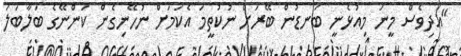
"އަދިވެސް މީނަ މިއުޅެނީ ބަނޑުން ބޭރަށް ނުކުތީމަ އެކަމަށް ނުހޭނިގެން ކަންނޭގެ ބަލާބަލަ